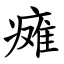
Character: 瘫